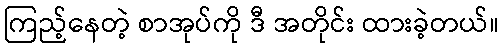
ကြည့်နေတဲ့ စာအုပ်ကို ဒီ အတိုင်း ထားခဲ့တယ်။